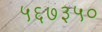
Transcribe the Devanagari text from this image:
५६७३५०